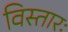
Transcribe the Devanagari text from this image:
विस्तारः